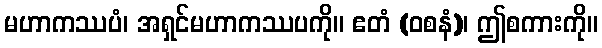
မဟာကဿပံ၊ အရှင်မဟာကဿပကို။ ဧတံ (ဝစနံ)၊ ဤစကားကို။